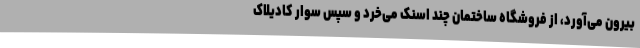
بیرون می‌آورد، از فروشگاه ساختمان چند اسنک می‌خرد و سپس سوار کادیلاک